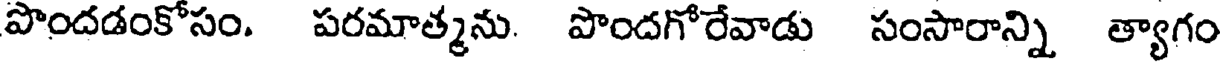
పొందడంకోసం. పరమాత్మను. పొందగోరేవాడు సంసారాన్ని త్యాగం